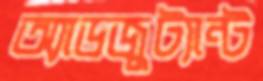
অ্যাডজুট্যান্ট